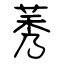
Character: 莠